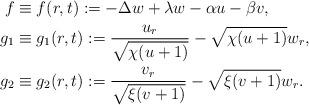
LaTeX: \begin{align*} f & \equiv f(r,t):=-\Delta w +\lambda w -\alpha u -\beta v, \\ g_{1} & \equiv g_{1}(r,t):= \frac{u_{r}}{\sqrt{\chi(u+1)}}-\sqrt{\chi(u+1)}w_{r}, \\ g_{2} & \equiv g_{2}(r,t):=\frac{v_{r}}{\sqrt{\xi(v+1)}}-\sqrt{\xi(v+1)}w_{r}. \end{align*}